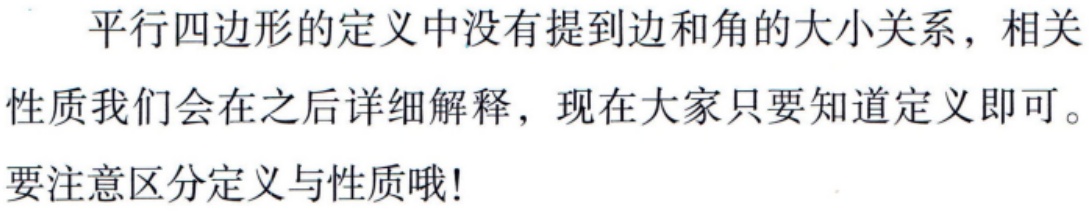
平行四边形的定义中没有提到边和角的大小关系，相关性质我们会在之后详细解释，现在大家只要知道定义即可。要注意区分定义与性质哦!